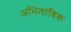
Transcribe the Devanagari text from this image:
अभिलांबिक